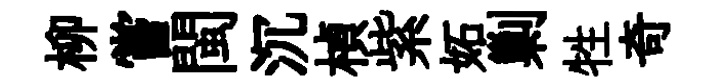
柳嘗閩沉楨紫妬剿牲奇